Punjab Mental Hospital Lahore 1932-46 - 1932-1946
Year: 1932
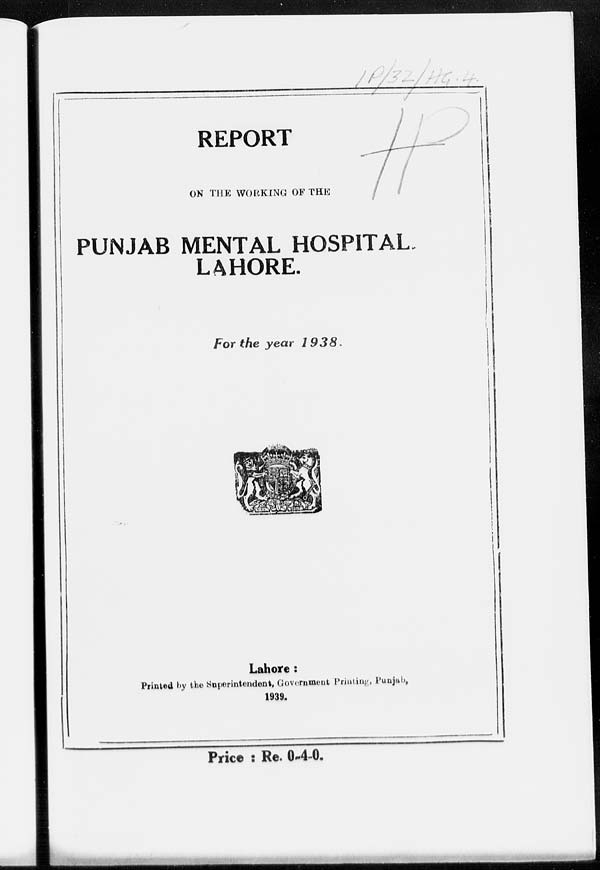
REPORT
ON THE WORKING OF THE
PUNJAB MENTAL HOSPITAL.
LAHORE.
For the year
1938
Lahore :
Printed by the Superintendent, Government Printing, Punjab,
1939.
Price : Re. 0-4-0.